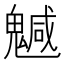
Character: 𩴁